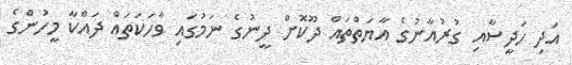
އަދި ހަދީސާއި ގުރުއާނުގެ އާޔަތްތައް ދޫކޮށް ދީނުގެ ނަމުގައި ވާހަކަތައް ދައްކާ މީހުންގެ